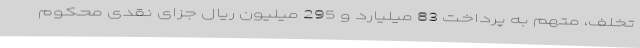
تخلف، متهم به پرداخت 83 میلیارد و 295 میلیون ریال جزای نقدی محکوم